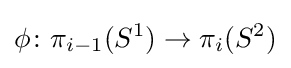
\phi \colon \pi _{i-1}(S^{1})\to \pi _{i}(S^{2})